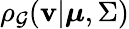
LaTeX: \rho_{\mathcal{G}}(\mathbf{{v}}|\boldsymbol{\mu},\Sigma)